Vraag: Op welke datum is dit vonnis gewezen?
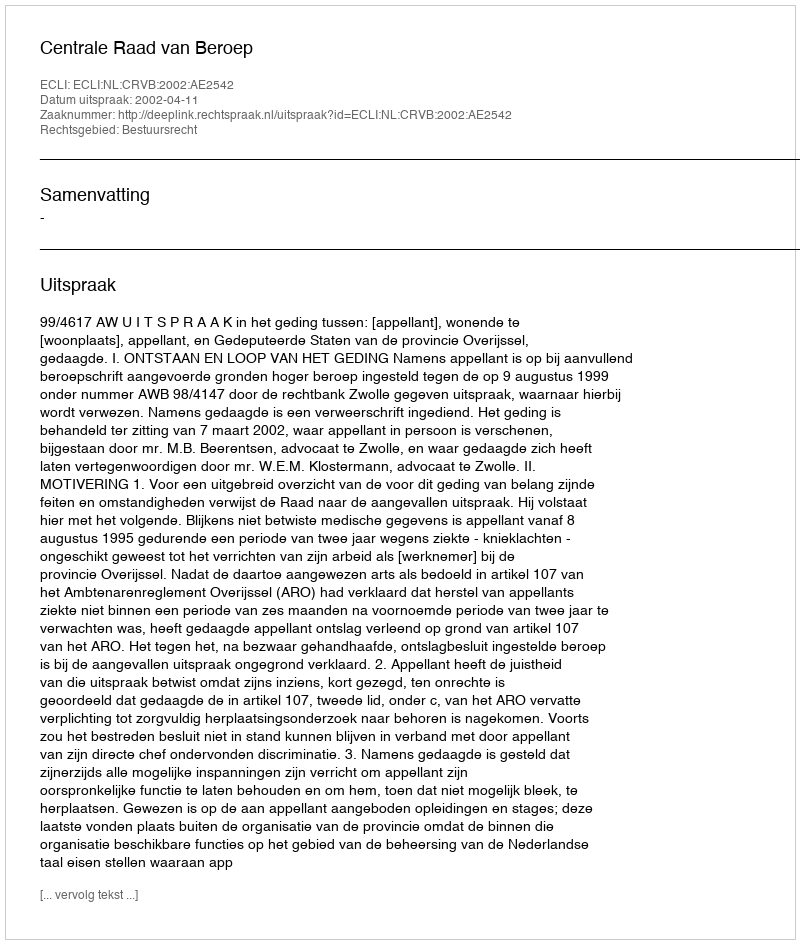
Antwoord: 2002-04-11